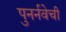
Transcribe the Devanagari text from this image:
पुनर्नवेची